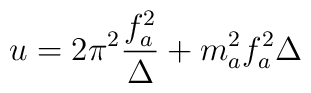
u=2\pi^2\frac{f_a^2}{\Delta}+m_a^2 f_a^2\Delta